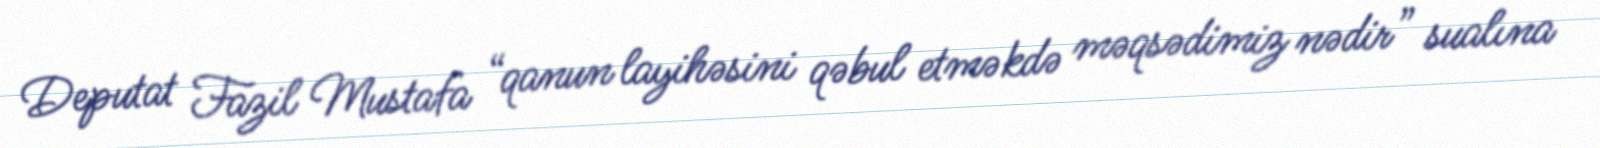
Deputat Fazil Mustafa “qanun layihəsini qəbul etməkdə məqsədimiz nədir” sualına